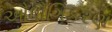
ઔધૌગિકરણ